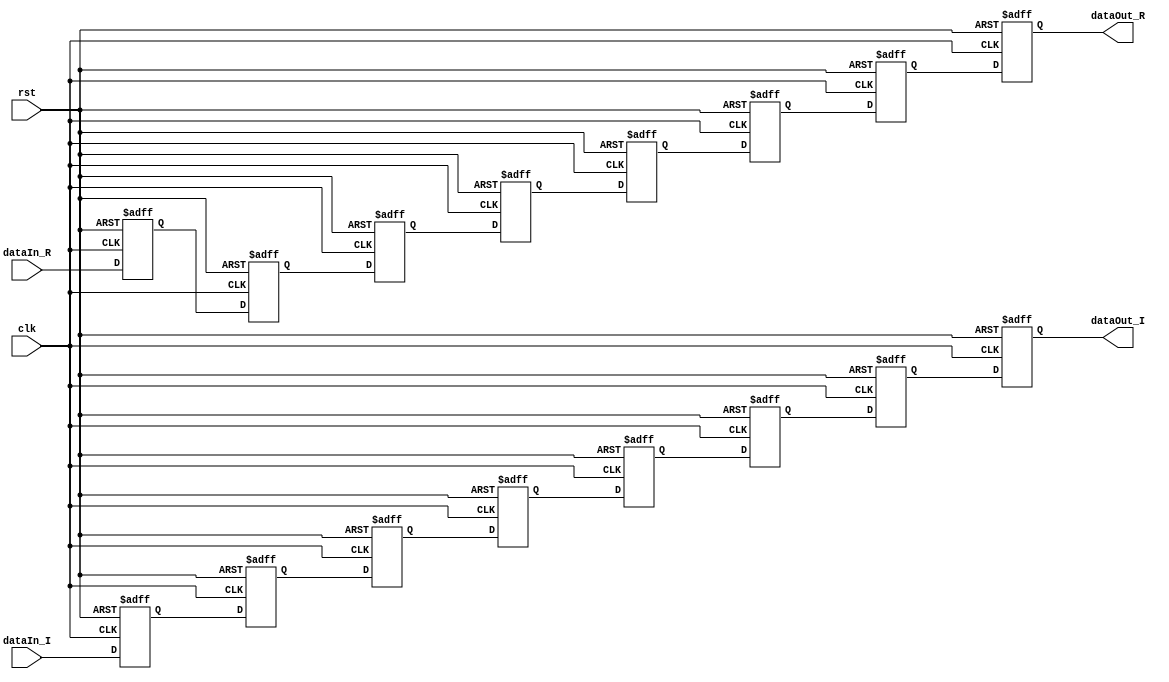
module shifter#(parameter WIDTH=24,parameter delay=8)
(clk,rst,dataIn_R,dataIn_I,dataOut_R,dataOut_I);
input clk,rst;
input [WIDTH-1:0] dataIn_R,dataIn_I;
output [WIDTH-1:0] dataOut_R,dataOut_I;
wire [WIDTH-1:0] dataIn_R,dataIn_I,dataOut_R,dataOut_I;

reg [WIDTH-1:0] FIFO_R[delay-1:0];
reg [WIDTH-1:0] FIFO_I[delay-1:0];
assign dataOut_R = FIFO_R[delay-1];
assign dataOut_I = FIFO_I[delay-1];

integer i;
always@(posedge clk or posedge rst)
begin
    if(rst) 
    begin
        for(i=0;i<delay;i=i+1)
        begin
            FIFO_R[i] <= {WIDTH{1'b0}};
			FIFO_I[i] <= {WIDTH{1'b0}};
        end
    end
    else 
    begin
		FIFO_R[0] <= dataIn_R;
		FIFO_I[0] <= dataIn_I;
		for(i=0;i<(delay-1);i=i+1)
        begin
            FIFO_R[i+1] <= FIFO_R[i];
			FIFO_I[i+1] <= FIFO_I[i];	
        end
    end
end
endmodule